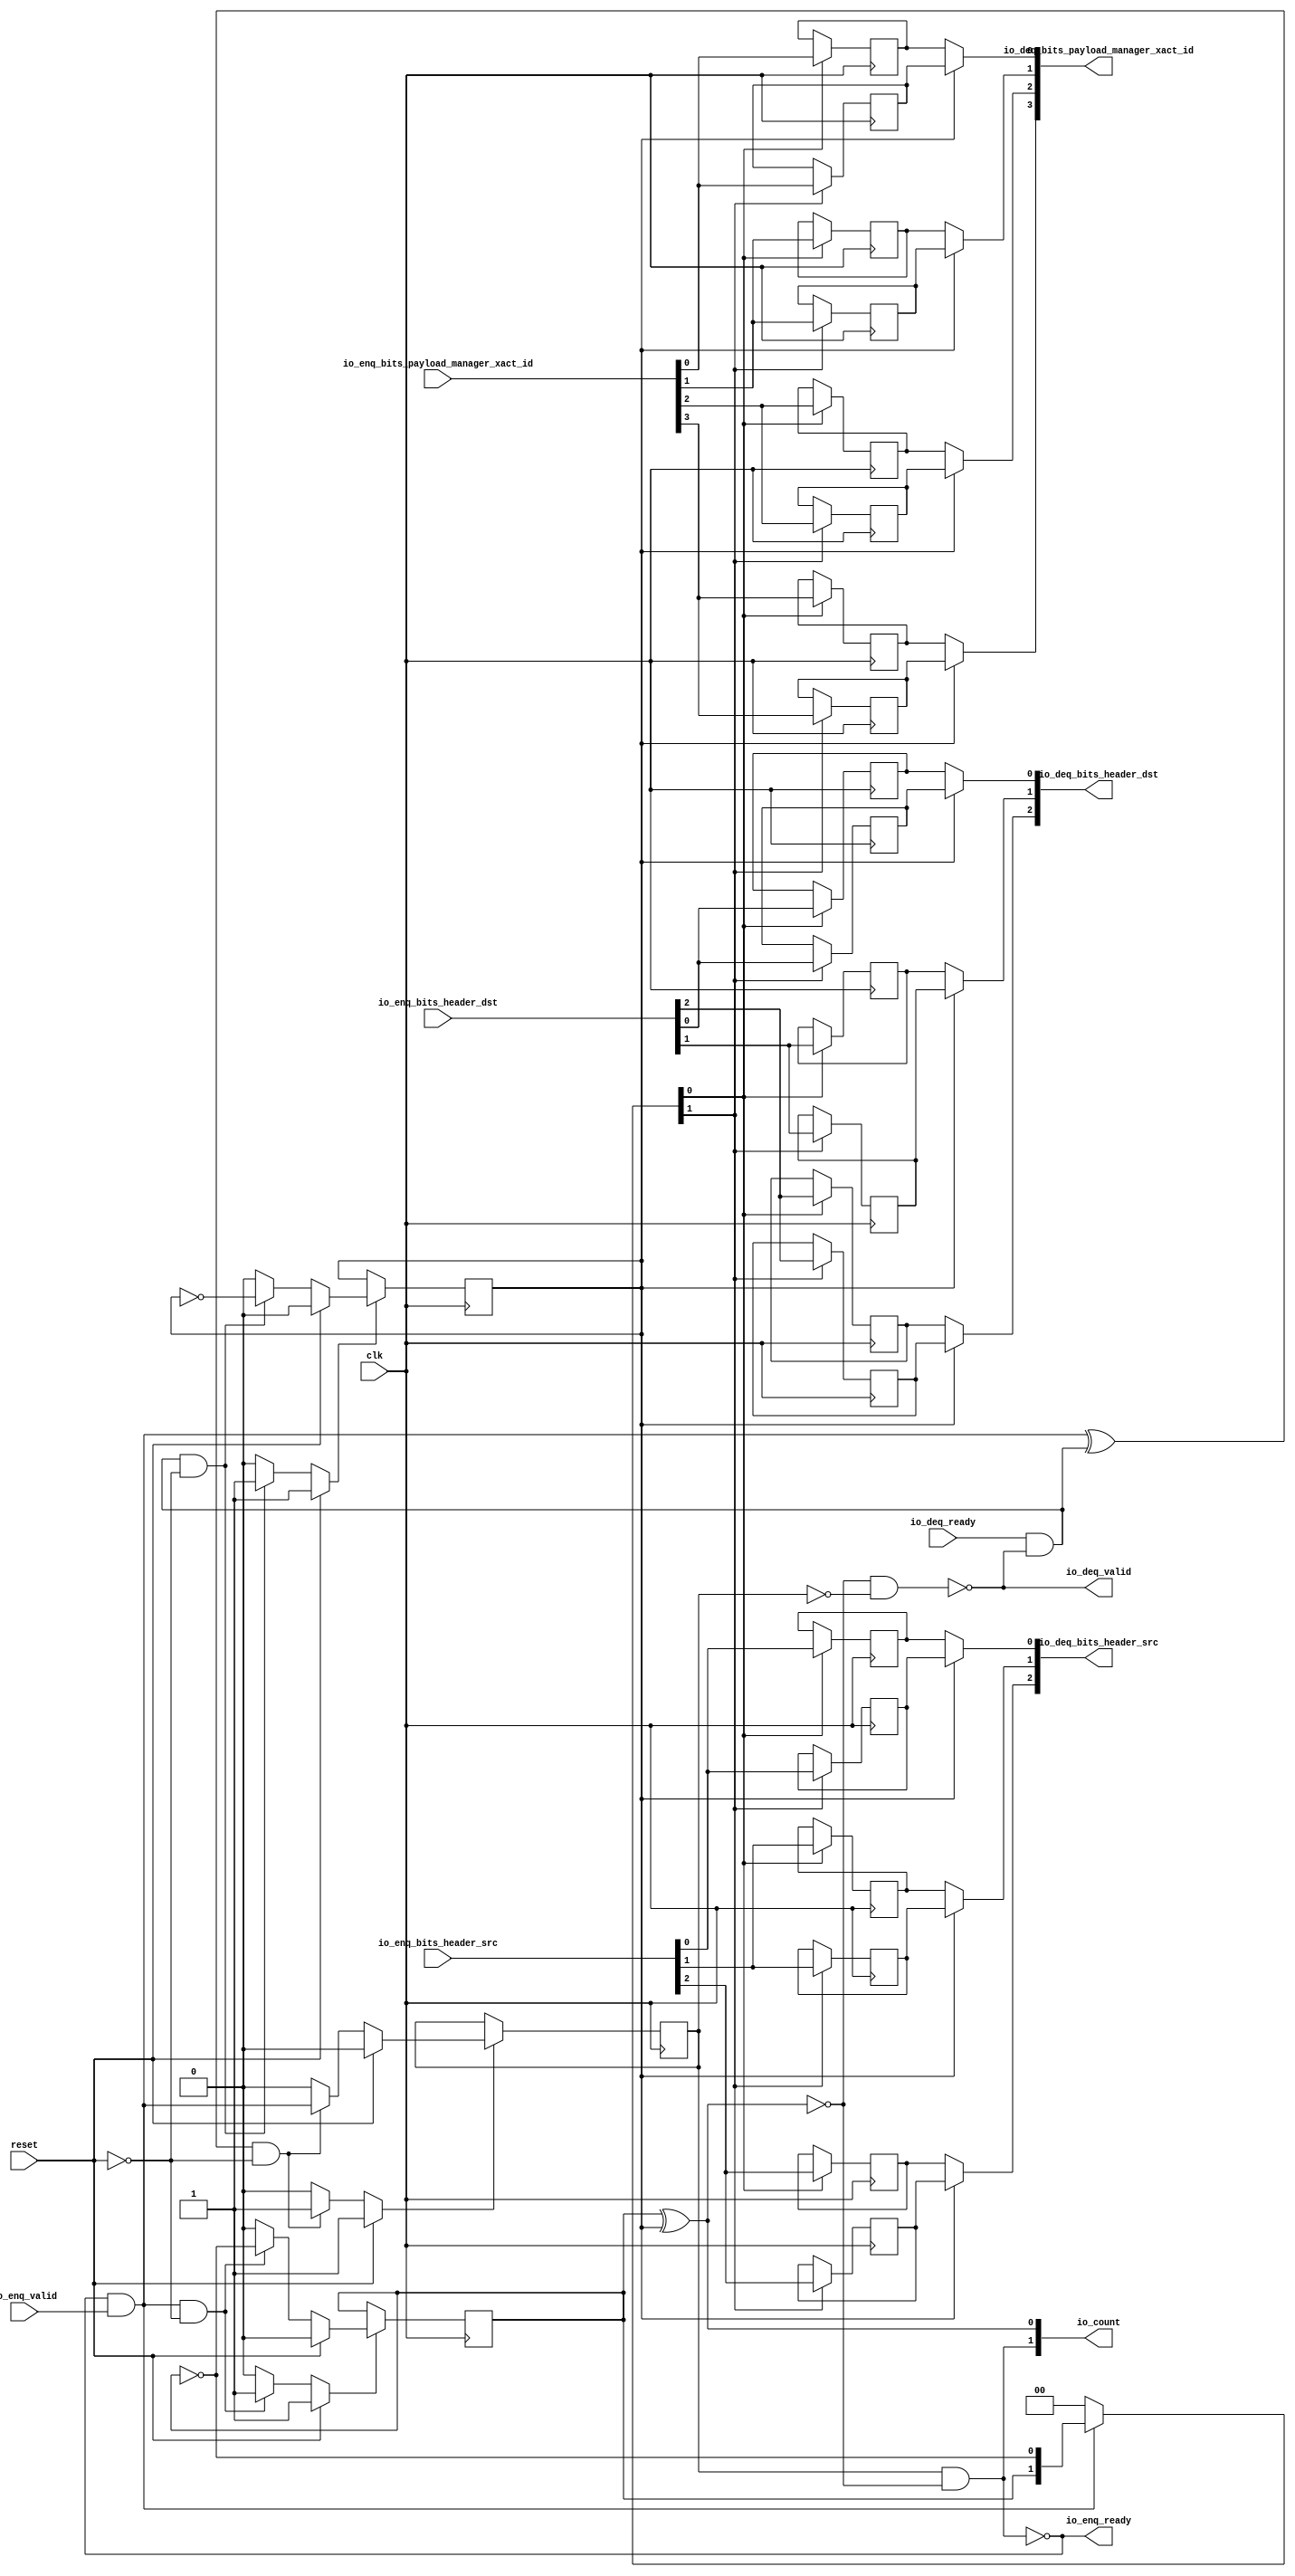
// This program was cloned from: https://github.com/NYU-MLDA/OpenABC
// License: BSD 3-Clause "New" or "Revised" License

module Queue_16
(
  clk,
  reset,
  io_enq_ready,
  io_enq_valid,
  io_enq_bits_header_src,
  io_enq_bits_header_dst,
  io_enq_bits_payload_manager_xact_id,
  io_deq_ready,
  io_deq_valid,
  io_deq_bits_header_src,
  io_deq_bits_header_dst,
  io_deq_bits_payload_manager_xact_id,
  io_count
);

  input [2:0] io_enq_bits_header_src;
  input [2:0] io_enq_bits_header_dst;
  input [3:0] io_enq_bits_payload_manager_xact_id;
  output [2:0] io_deq_bits_header_src;
  output [2:0] io_deq_bits_header_dst;
  output [3:0] io_deq_bits_payload_manager_xact_id;
  output [1:0] io_count;
  input clk;
  input reset;
  input io_enq_valid;
  input io_deq_ready;
  output io_enq_ready;
  output io_deq_valid;
  wire [2:0] io_deq_bits_header_src,io_deq_bits_header_dst;
  wire [3:0] io_deq_bits_payload_manager_xact_id;
  wire [1:0] io_count;
  wire io_enq_ready,io_deq_valid,N0,N1,N2,N3,N4,do_deq,T3,do_enq,T6,ptr_match,T9,N5,
  empty,T19,full,N6,N7,N8,N9,N10,N11,N12,N13,N14,N15,N16,N17,N18,N19,N21,N22,N23,N24,
  N25,N26;
  reg R1,N20,maybe_full;
  reg [19:0] ram;
  assign N0 = N20 ^ R1;
  assign ptr_match = ~N0;
  assign T9 = do_enq ^ do_deq;
  assign io_deq_bits_header_src[2] = (N5)? ram[9] : 
                                     (N1)? ram[19] : 1'b0;
  assign N1 = R1;
  assign io_deq_bits_header_src[1] = (N5)? ram[8] : 
                                     (N1)? ram[18] : 1'b0;
  assign io_deq_bits_header_src[0] = (N5)? ram[7] : 
                                     (N1)? ram[17] : 1'b0;
  assign io_deq_bits_header_dst[2] = (N5)? ram[6] : 
                                     (N1)? ram[16] : 1'b0;
  assign io_deq_bits_header_dst[1] = (N5)? ram[5] : 
                                     (N1)? ram[15] : 1'b0;
  assign io_deq_bits_header_dst[0] = (N5)? ram[4] : 
                                     (N1)? ram[14] : 1'b0;
  assign io_deq_bits_payload_manager_xact_id[3] = (N5)? ram[3] : 
                                                  (N1)? ram[13] : 1'b0;
  assign io_deq_bits_payload_manager_xact_id[2] = (N5)? ram[2] : 
                                                  (N1)? ram[12] : 1'b0;
  assign io_deq_bits_payload_manager_xact_id[1] = (N5)? ram[1] : 
                                                  (N1)? ram[11] : 1'b0;
  assign io_deq_bits_payload_manager_xact_id[0] = (N5)? ram[0] : 
                                                  (N1)? ram[10] : 1'b0;

  always @(posedge clk) begin
    if(N8) begin
      R1 <= N9;
    end 
  end


  always @(posedge clk) begin
    if(N12) begin
      N20 <= N13;
    end 
  end


  always @(posedge clk) begin
    if(N16) begin
      maybe_full <= N17;
    end 
  end


  always @(posedge clk) begin
    if(N22) begin
      ram[19] <= io_enq_bits_header_src[2];
    end 
  end


  always @(posedge clk) begin
    if(N22) begin
      ram[18] <= io_enq_bits_header_src[1];
    end 
  end


  always @(posedge clk) begin
    if(N22) begin
      ram[17] <= io_enq_bits_header_src[0];
    end 
  end


  always @(posedge clk) begin
    if(N22) begin
      ram[16] <= io_enq_bits_header_dst[2];
    end 
  end


  always @(posedge clk) begin
    if(N22) begin
      ram[15] <= io_enq_bits_header_dst[1];
    end 
  end


  always @(posedge clk) begin
    if(N22) begin
      ram[14] <= io_enq_bits_header_dst[0];
    end 
  end


  always @(posedge clk) begin
    if(N22) begin
      ram[13] <= io_enq_bits_payload_manager_xact_id[3];
    end 
  end


  always @(posedge clk) begin
    if(N22) begin
      ram[12] <= io_enq_bits_payload_manager_xact_id[2];
    end 
  end


  always @(posedge clk) begin
    if(N22) begin
      ram[11] <= io_enq_bits_payload_manager_xact_id[1];
    end 
  end


  always @(posedge clk) begin
    if(N22) begin
      ram[10] <= io_enq_bits_payload_manager_xact_id[0];
    end 
  end


  always @(posedge clk) begin
    if(N21) begin
      ram[9] <= io_enq_bits_header_src[2];
    end 
  end


  always @(posedge clk) begin
    if(N21) begin
      ram[8] <= io_enq_bits_header_src[1];
    end 
  end


  always @(posedge clk) begin
    if(N21) begin
      ram[7] <= io_enq_bits_header_src[0];
    end 
  end


  always @(posedge clk) begin
    if(N21) begin
      ram[6] <= io_enq_bits_header_dst[2];
    end 
  end


  always @(posedge clk) begin
    if(N21) begin
      ram[5] <= io_enq_bits_header_dst[1];
    end 
  end


  always @(posedge clk) begin
    if(N21) begin
      ram[4] <= io_enq_bits_header_dst[0];
    end 
  end


  always @(posedge clk) begin
    if(N21) begin
      ram[3] <= io_enq_bits_payload_manager_xact_id[3];
    end 
  end


  always @(posedge clk) begin
    if(N21) begin
      ram[2] <= io_enq_bits_payload_manager_xact_id[2];
    end 
  end


  always @(posedge clk) begin
    if(N21) begin
      ram[1] <= io_enq_bits_payload_manager_xact_id[1];
    end 
  end


  always @(posedge clk) begin
    if(N21) begin
      ram[0] <= io_enq_bits_payload_manager_xact_id[0];
    end 
  end

  assign io_count[0] = N20 ^ R1;
  assign T3 = R1 ^ 1'b1;
  assign T6 = N20 ^ 1'b1;
  assign N19 = ~N20;
  assign N8 = (N2)? 1'b1 : 
              (N24)? 1'b1 : 
              (N7)? 1'b0 : 1'b0;
  assign N2 = reset;
  assign N9 = (N2)? 1'b0 : 
              (N24)? T3 : 1'b0;
  assign N12 = (N2)? 1'b1 : 
               (N25)? 1'b1 : 
               (N11)? 1'b0 : 1'b0;
  assign N13 = (N2)? 1'b0 : 
               (N25)? T6 : 1'b0;
  assign N16 = (N2)? 1'b1 : 
               (N26)? 1'b1 : 
               (N15)? 1'b0 : 1'b0;
  assign N17 = (N2)? 1'b0 : 
               (N26)? do_enq : 1'b0;
  assign { N22, N21 } = (N3)? { N20, N19 } : 
                        (N4)? { 1'b0, 1'b0 } : 1'b0;
  assign N3 = do_enq;
  assign N4 = N18;
  assign do_deq = io_deq_ready & io_deq_valid;
  assign do_enq = io_enq_ready & io_enq_valid;
  assign io_count[1] = maybe_full & ptr_match;
  assign N5 = ~R1;
  assign io_deq_valid = ~empty;
  assign empty = ptr_match & T19;
  assign T19 = ~maybe_full;
  assign io_enq_ready = ~full;
  assign full = ptr_match & maybe_full;
  assign N6 = do_deq | reset;
  assign N7 = ~N6;
  assign N10 = do_enq | reset;
  assign N11 = ~N10;
  assign N14 = T9 | reset;
  assign N15 = ~N14;
  assign N18 = ~do_enq;
  assign N23 = ~reset;
  assign N24 = do_deq & N23;
  assign N25 = do_enq & N23;
  assign N26 = T9 & N23;

endmodule